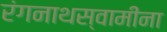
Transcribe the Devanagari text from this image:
रंगनाथस्वामींना